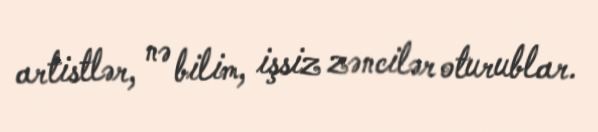
artistlər, nə bilim, işsiz zəncilər oturublar.